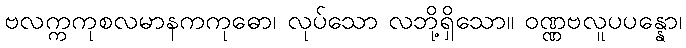
ဗလက္ကကုစလမာနကကုဓော၊ လုပ်သော လဘို့ရှိသော။ ဝဏ္ဏဗလူပပန္နော၊